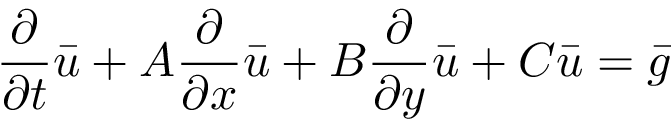
{ \frac { \partial } { \partial t } } { \bar { u } } + A { \frac { \partial } { \partial x } } { \bar { u } } + B { \frac { \partial } { \partial y } } { \bar { u } } + C { \bar { u } } = { \bar { g } }